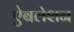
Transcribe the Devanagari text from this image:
ऐबलेशन